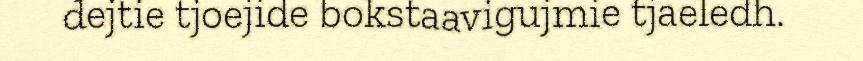
dejtie tjoejide bokstaavigujmie tjaeledh.